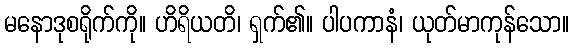
မနောဒုစရိုက်ကို။ ဟိရိယတိ၊ ရှက်၏။ ပါပကာနံ၊ ယုတ်မာကုန်သော။